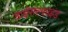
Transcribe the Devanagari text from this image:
डाईसल्फ़ाइड